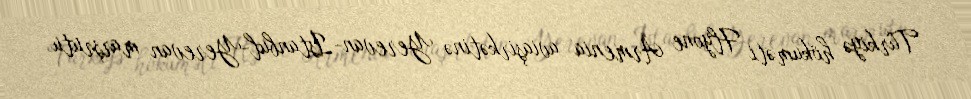
Türkiyə hökuməti Flyone Armenia aviaşirkətinə Yerevan-İstanbul-Yerevan marşrutu